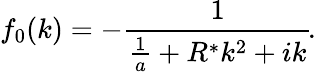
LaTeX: f_{0}(k)=-\frac{1}{\frac{1}{a}+R^{*}k^{2}+ik}\! .